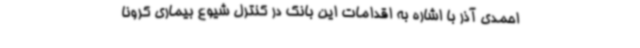
احمدی آذر با اشاره به اقدامات این بانک در کنترل شیوع بیماری کرونا